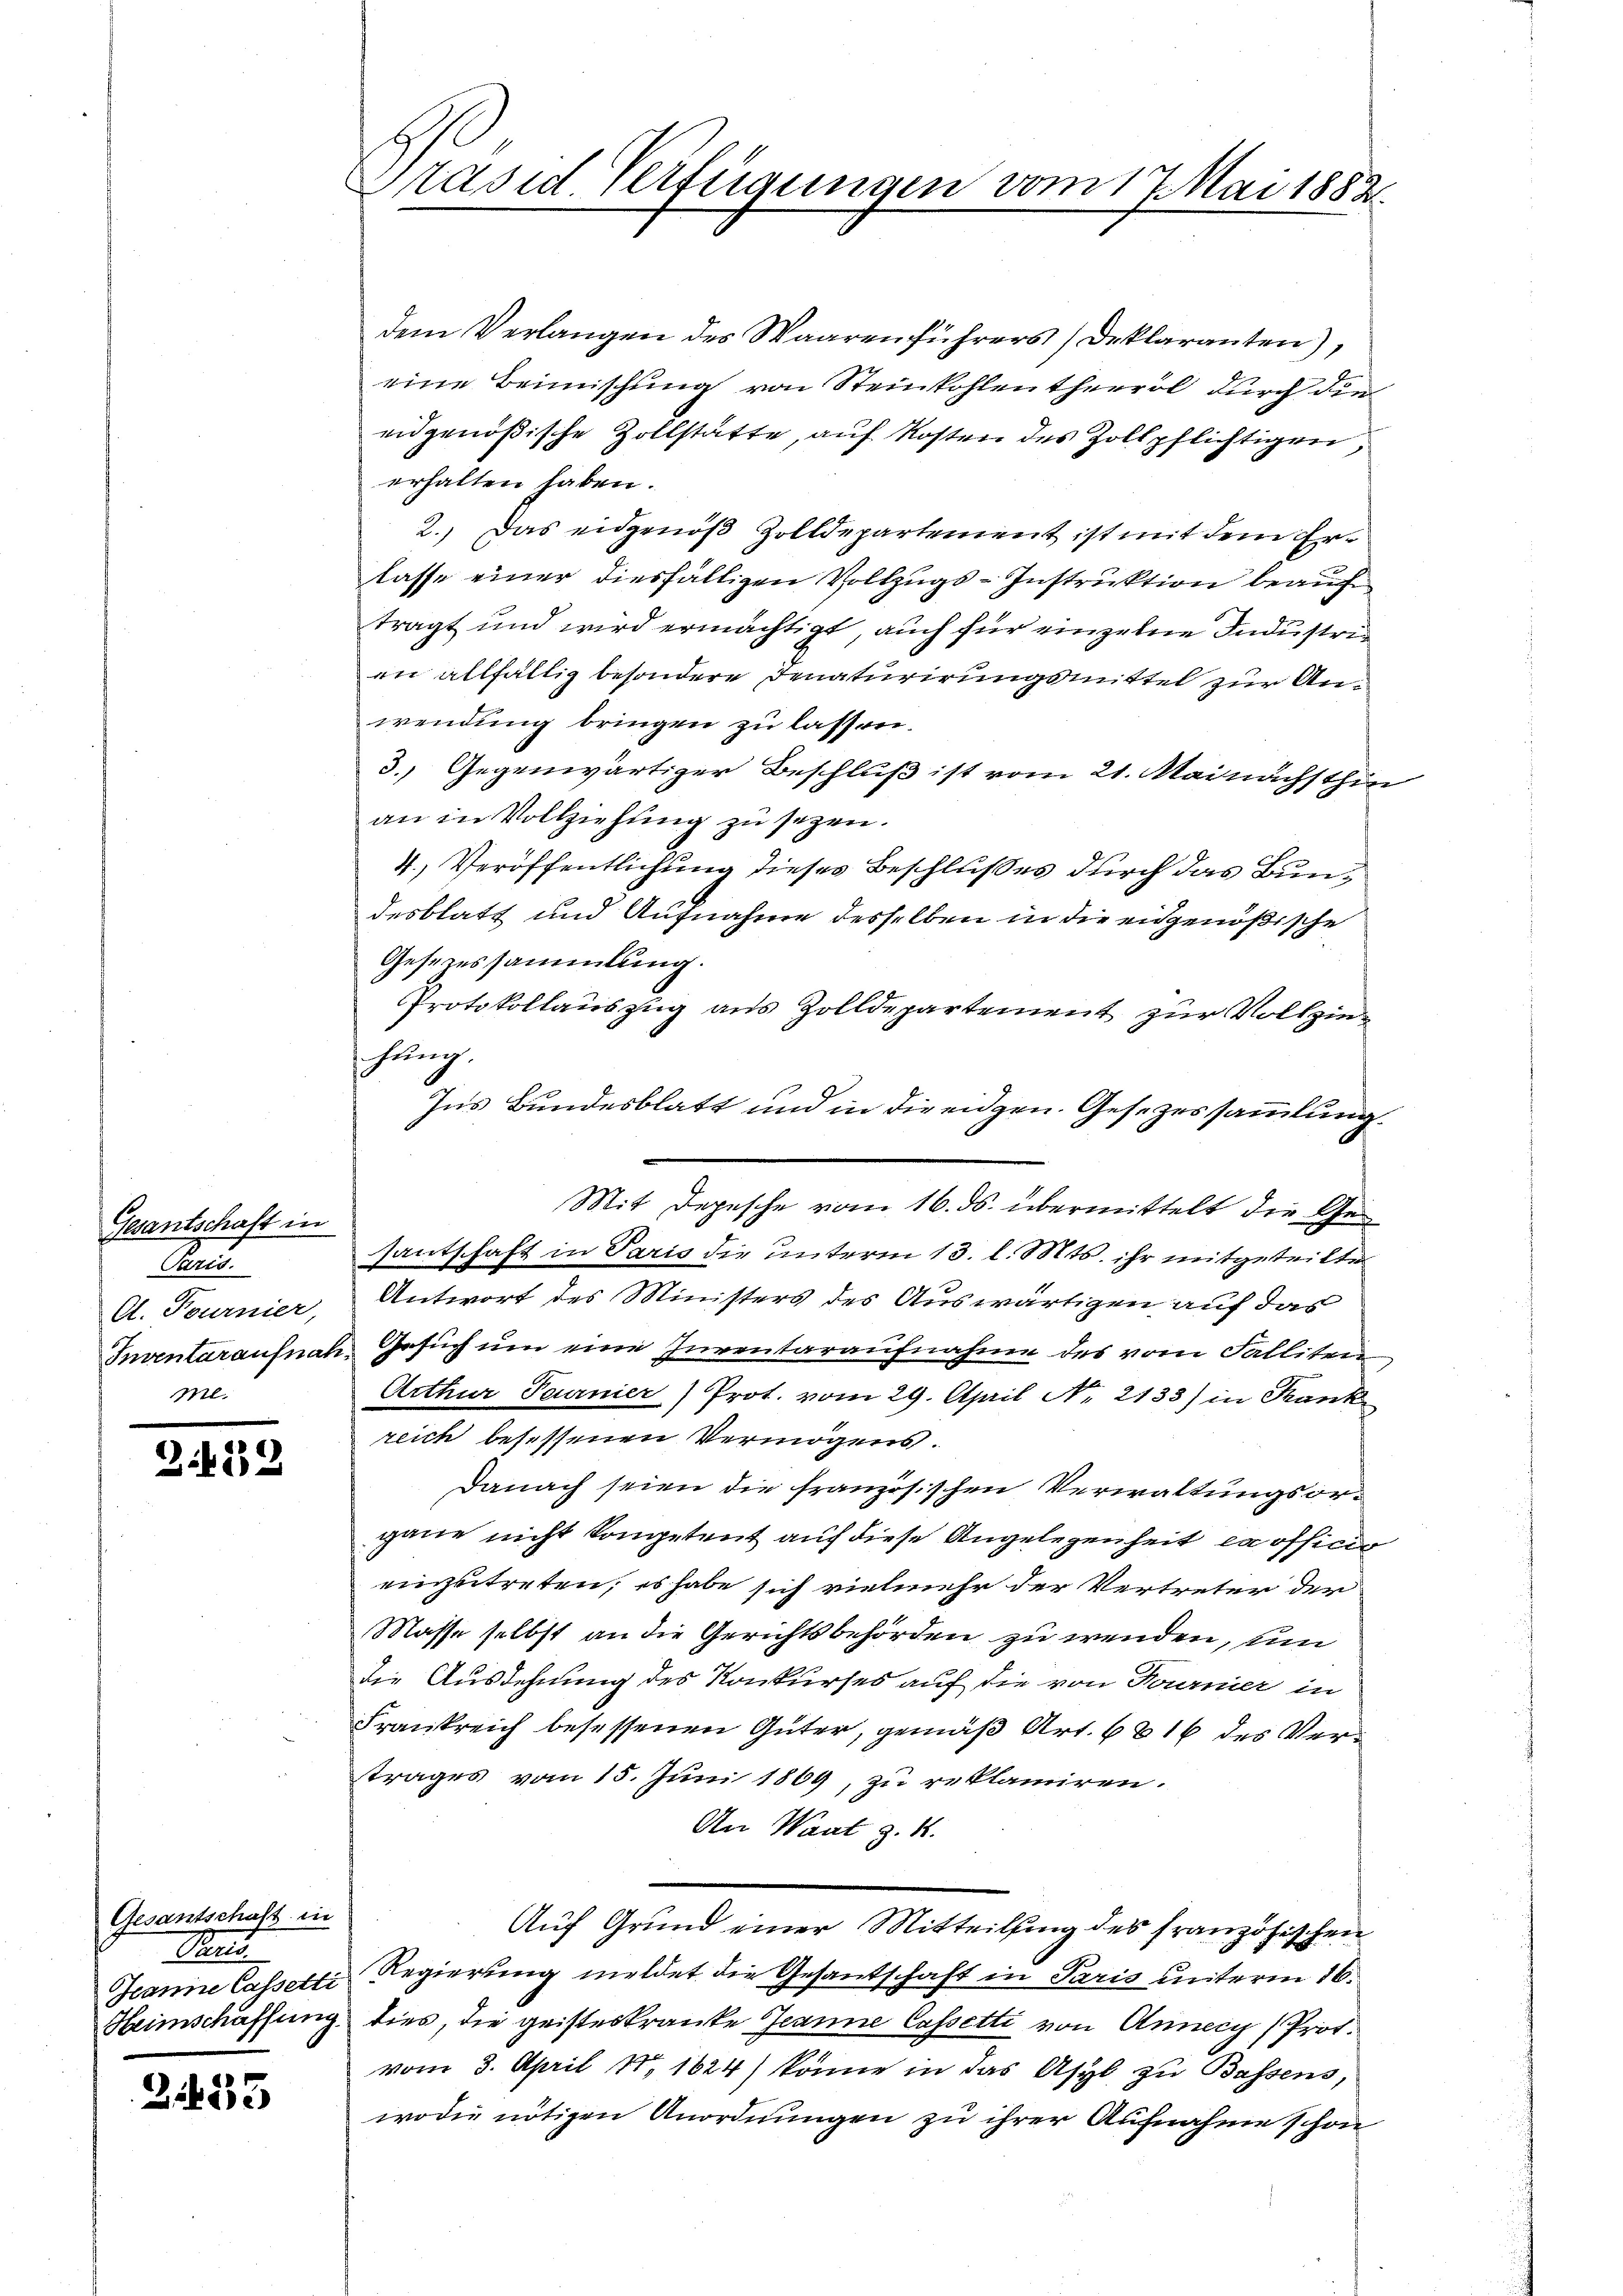
Gesantschaft in
Paris.
A. Fournier,
Inventaraufnah
ml.

3.422

Gesantschaft in
Pats
Heimschaffung

2133

Präsid. Verfügungen vom 17 Mai 1882

dem Verlangen des Waarenführers Deklaranten),
eine Beimischung von Steinkohlentheeröl durch die
eidgenößische Zollstätte, auf Kosten des Zollpflichtigen,
erhalten haben.
2.) Das eidgenöß Zolldepartement ist mit dem Erlasse einer diesfälligen Vollzugs-Instruktion beauf
trägt und wird ermächtigt, auch für einzelne Industrian allfällig besondere Denaturirungsmittel zur Anwendung bringen zu lassen.
3.) Gegenwärtiger Beschluß ist vom 21. Mai nächsthin
an in Vollziehung zu sezen.
4.) Veröffentlichung dieses Beschlußes durch das Bundesblatt und Aufnahme desselben in die eidgenößische
Gesezessammlung.
Protokollauszug aus Zolldepartement zur Vollziehung.
Ins Bundesblatt und in die eidgen. Gesezessammlung.
Mit Depesche vom 16. ds. übermittelt die Gesantschaft in Paris die unterm 13. l. Mts. ihr mitgeteilten
Antwort des Ministers des Auswärtigen auf das
2 Gesuch um eine Inventaraufnahme des vom Falliten¬
Arthur Feurnier) Prot. vom 29. April Nr. 2133) in Frank
reich besessenen Vermögens.
Danach seien die französischen Verwaltungsorgane nicht kompetent auf diese Angelegenheit ex officio
einzutreten, es habe sich vielmehr der Vertreter der
Masse selbst an die Gerichtsbehörden zu wenden, um
die Ausdehnung des Konkurses auf die von Tournier in
Frankreich besessenen Güter, gemäß Art. 6816 des Vertrages vom 15. Juni 1869, zu reklamiren.
An Waat z. B.
Auf Grund einer Mitteilung des französischen
Jeanne Cassetti Regierung meldet die Gesantschaft in Paris unterm 16.
ties, die geisteskranke Jeanne Cassetti von Annecy (Prot.
vom 3. April 18, 1624) könne in das Asyl zu Bassens,
wodie nötigen Anordnungen zu ihrer Aufnahme schon